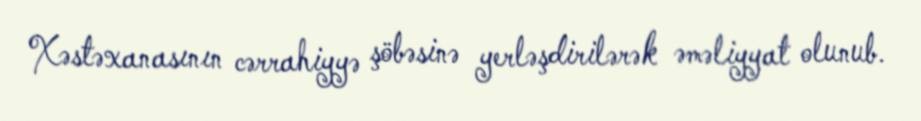
Xəstəxanasının cərrahiyyə şöbəsinə yerləşdirilərək əməliyyat olunub.